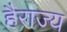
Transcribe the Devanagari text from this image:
हैराज्य